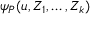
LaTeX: \psi _ { P } ( u , Z _ { 1 } , \dots , Z _ { k } )